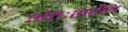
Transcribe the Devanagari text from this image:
अंतःशरीय